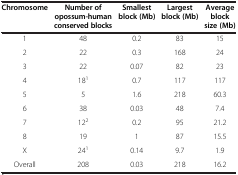
<table><thead><tr><td><b>Chromosome</b></td><td><b>Number of opossum-human conserved blocks</b></td><td><b>Smallest block (Mb)</b></td><td><b>Largest block (Mb)</b></td><td><b>Average block size (Mb)</b></td></tr></thead><tbody><tr><td>1</td><td>48</td><td>0.2</td><td>83</td><td>15</td></tr><tr><td>2</td><td>22</td><td>0.3</td><td>168</td><td>24</td></tr><tr><td>3</td><td>22</td><td>0.07</td><td>82</td><td>23</td></tr><tr><td>4</td><td>18<sup>1</sup></td><td>0.7</td><td>117</td><td>117</td></tr><tr><td>5</td><td>5</td><td>1.6</td><td>218</td><td>60.3</td></tr><tr><td>6</td><td>38</td><td>0.03</td><td>48</td><td>7.4</td></tr><tr><td>7</td><td>12<sup>2</sup></td><td>0.2</td><td>95</td><td>21.2</td></tr><tr><td>8</td><td>19</td><td>1</td><td>87</td><td>15.5</td></tr><tr><td>X</td><td>24<sup>1</sup></td><td>0.14</td><td>9.7</td><td>1.9</td></tr><tr><td>Overall</td><td>208</td><td>0.03</td><td>218</td><td>16.2</td></tr></tbody></table>